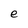
Character: e